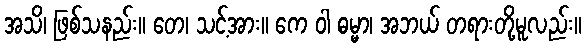
အသိ၊ ဖြစ်သနည်း။ တေ၊ သင့်အား။ ကေ ဝါ ဓမ္မာ၊ အဘယ် တရားတို့မူလည်း။